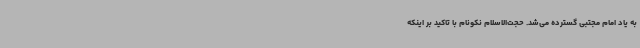
به یاد امام مجتبی گسترده می‌شد. حجت‌الاسلام نکونام با تاکید بر اینکه